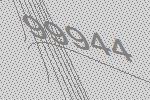
99944